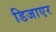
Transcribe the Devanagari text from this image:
डिजाएर